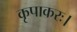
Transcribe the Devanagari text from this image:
कृपाकरः।